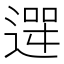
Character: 𮞮